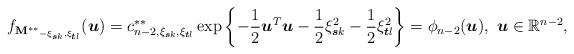
LaTeX: \begin{align*}f_{\mathbf{M^{\ast\ast}}_{-\xi_{\boldsymbol{s}k},\xi_{\boldsymbol{t}l}}}(\boldsymbol{u})=c_{n-2,\xi_{\boldsymbol{s}k},\xi_{\boldsymbol{t}l}}^{\ast\ast}\exp\left\{-\frac{1}{2}\boldsymbol{u}^{T}\boldsymbol{u}-\frac{1}{2}\xi_{\boldsymbol{s}k}^{2}-\frac{1}{2}\xi_{\boldsymbol{t}l}^{2}\right\}=\phi_{n-2}(\boldsymbol{u}),~\boldsymbol{u}\in \mathbb{R}^{n-2},\end{align*}